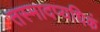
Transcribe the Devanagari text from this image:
तस्मादप्यधिकं